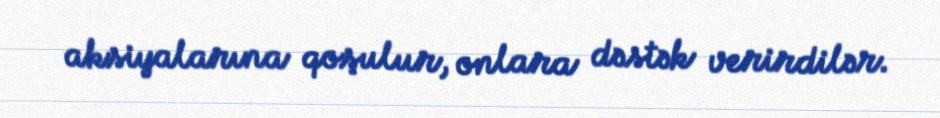
aksiyalarına qoşulur, onlara dəstək verirdilər.